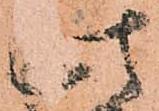
此